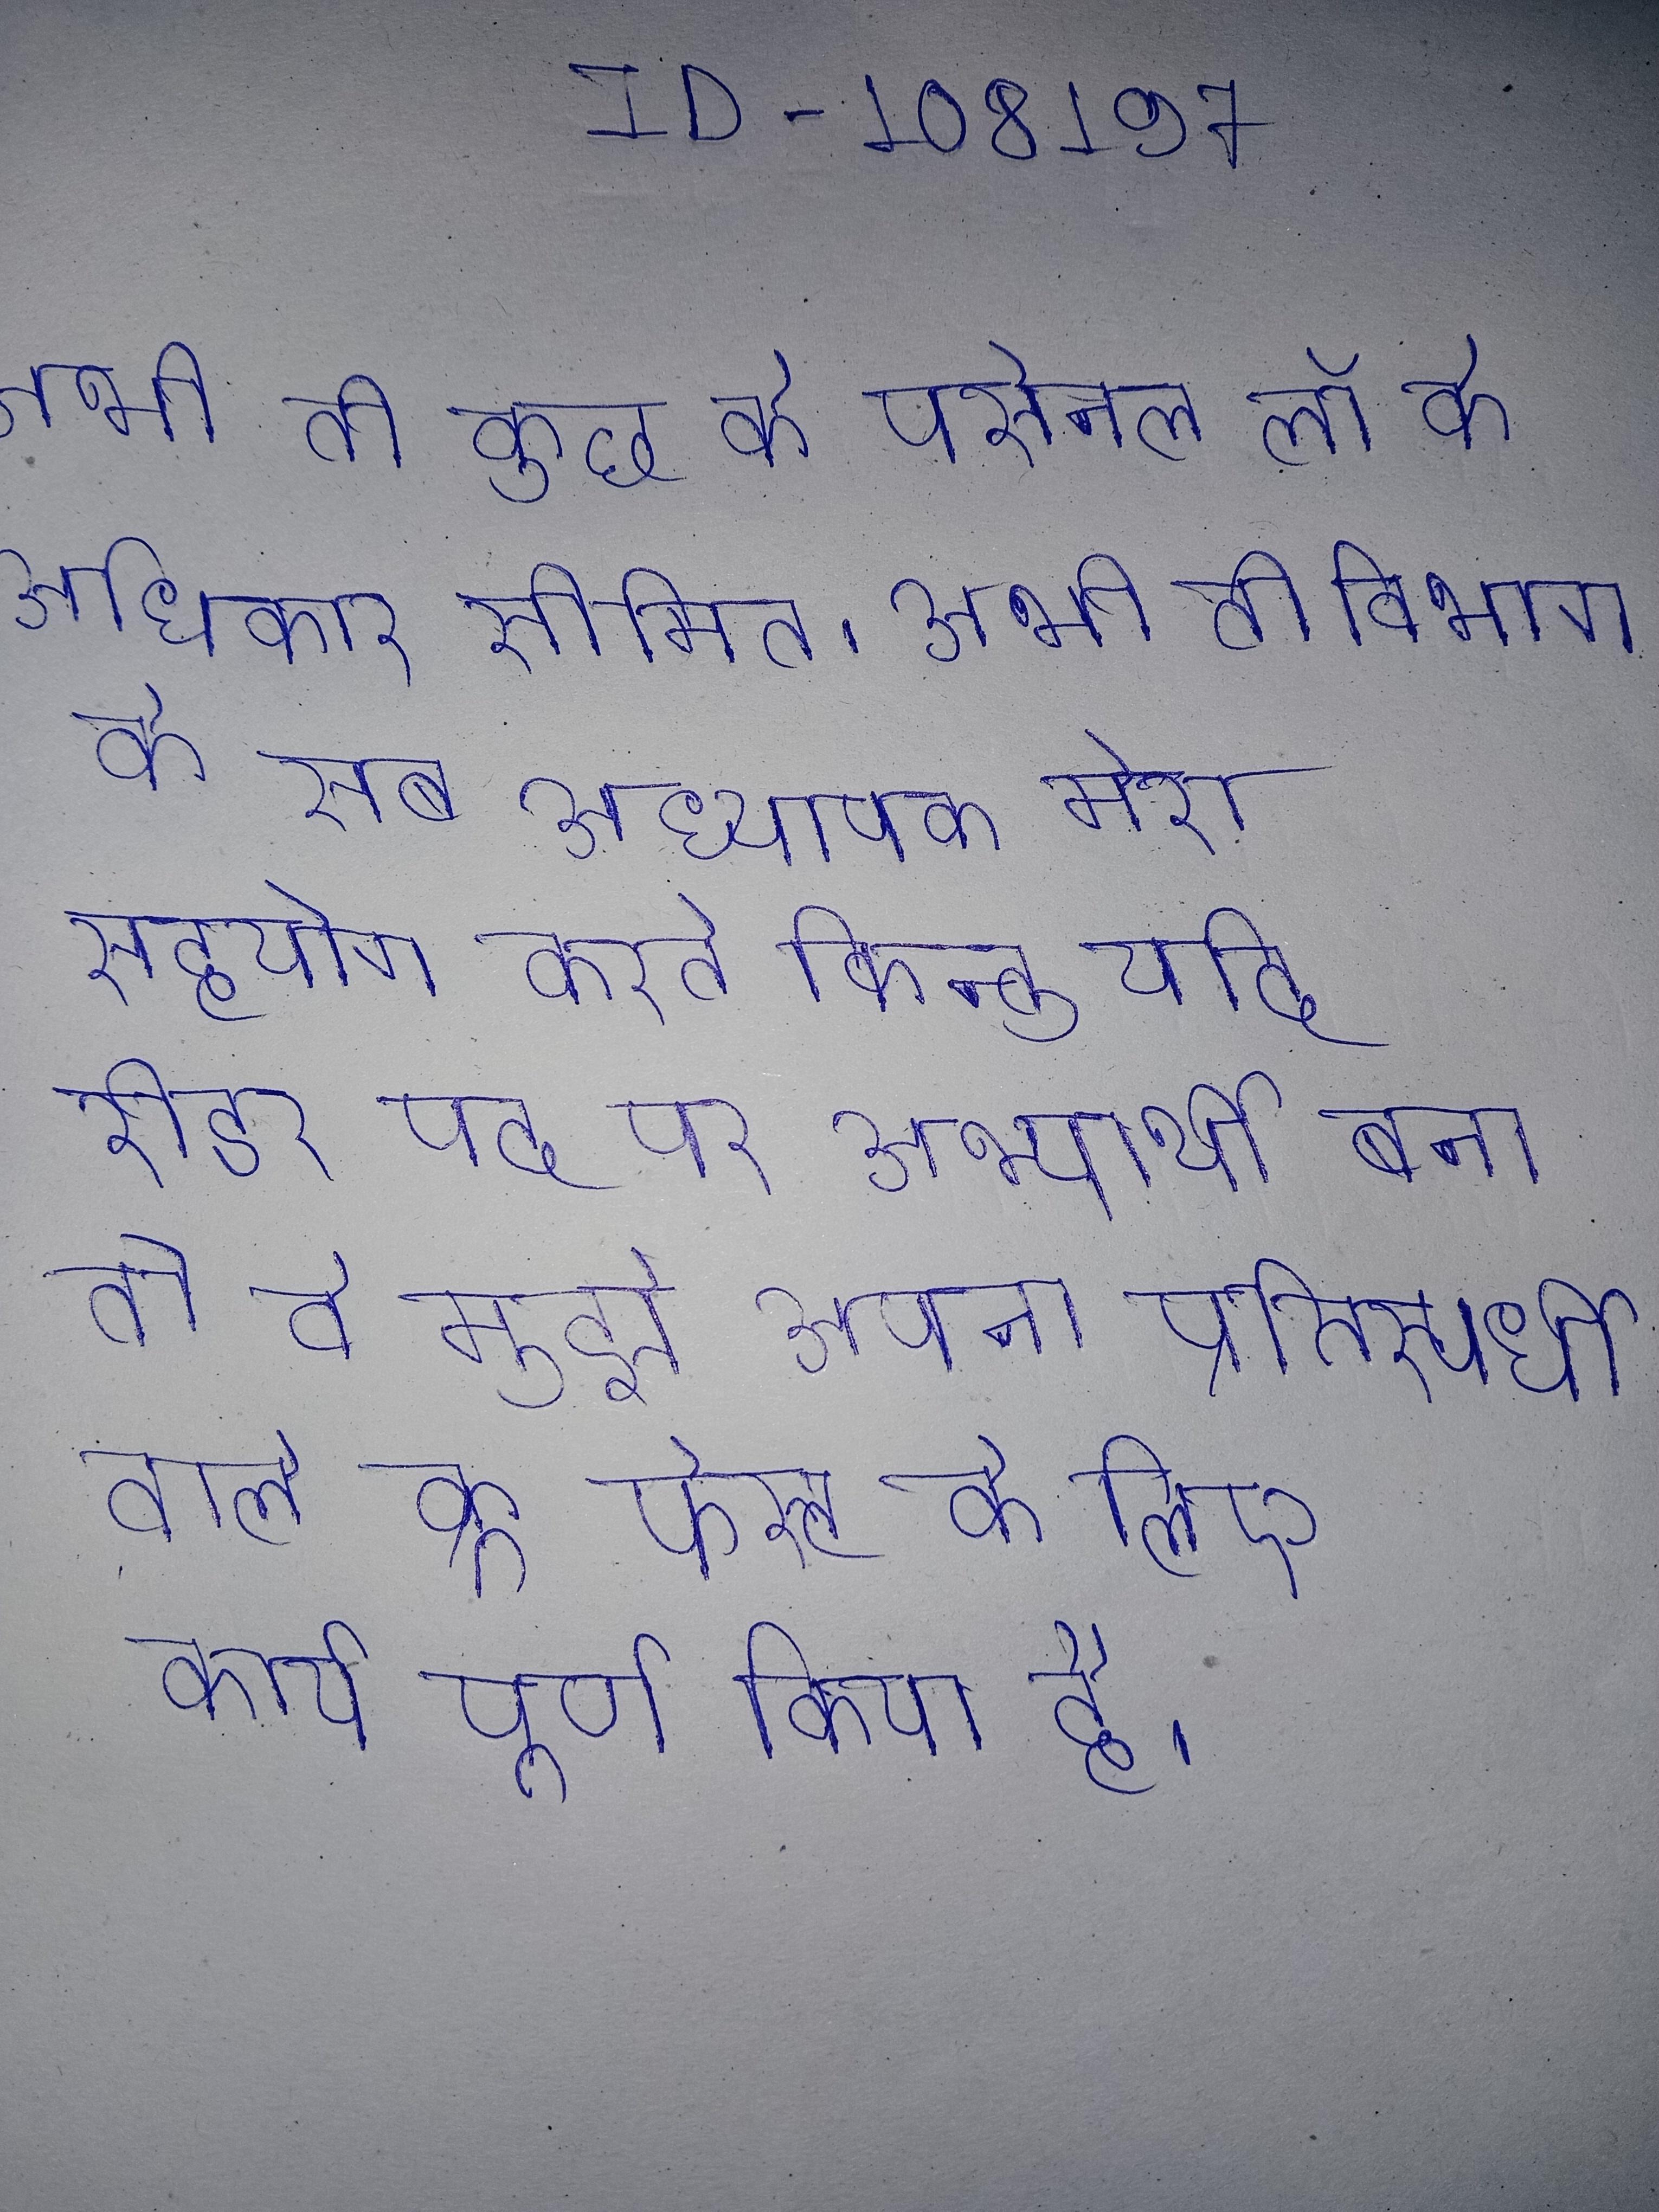
अभी तो कुछ के पर्सनल लॉ के अधिकार सीमित । अभी तो विभाग के सब अध्यापक मेरा सहयोग करते किन्तु यदि रीडर पद पर अभ्यार्थी बना तो वे मुझे अपना प्रतिस्पर्धी समझने । अभी तो हम ने इन होने वाले क्रू फेस्ट के लिए सिर्फ एक गीत की का कार्य पूर्ण किया है ।